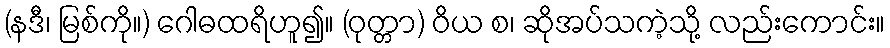
(နဒီ၊ မြစ်ကို။) ဂေါဓထရိဟူ၍။ (ဝုတ္တာ) ဝိယ စ၊ ဆိုအပ်သကဲ့သို့ လည်းကောင်း။